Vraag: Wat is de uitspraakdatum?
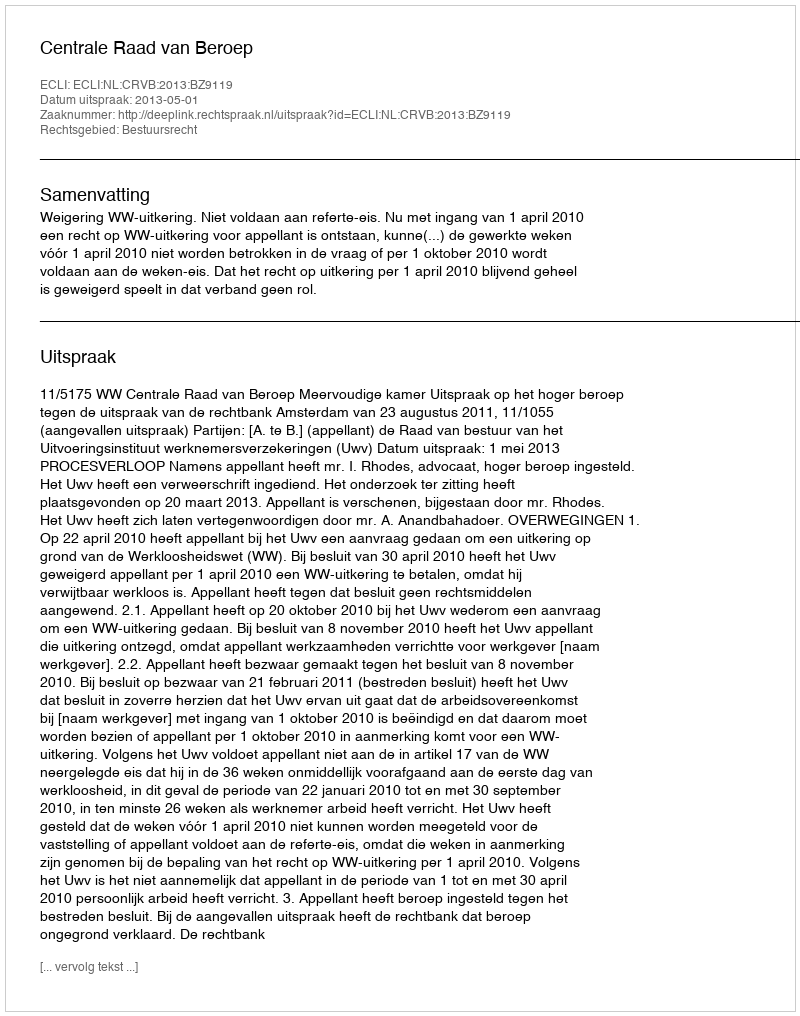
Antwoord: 2013-05-01